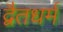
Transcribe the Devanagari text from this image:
द्वैतधर्म